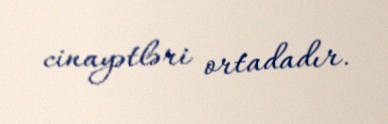
cinayətləri ortadadır.